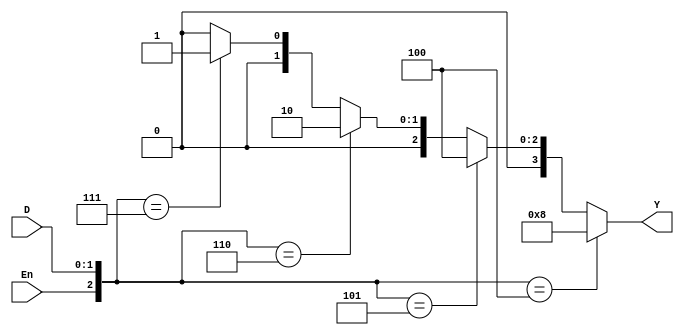
module dec2to4(D,En,Y);
	input [1:0]D;
	input En;
	output [0:3]Y;
	wire [2:0]i;
	reg [0:3]Y;
	
	assign i={En,D};
	always@(D or En)
	begin
		if(i==3'b100)
			Y=4'b1000;
		else if(i==3'b101)
			Y=4'b0100;
		else if(i==3'b110)
			Y=4'b0010;
		else if(i==3'b111)
			Y=4'b0001;
		else
			Y=4'b0000;
	end
endmodule

module q1(D,En,Y);
	input [2:0]D;
	input En;
	output [0:7]Y;
	wire g,h,i;
	assign g=~D[2];
	assign h=g&En;
	assign i=D[2]&En;
	dec2to4 stage0(D[1:0],h,Y[0:3]);
	dec2to4 stage1(D[1:0],i,Y[4:7]);
endmodule